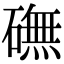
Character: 𥕻